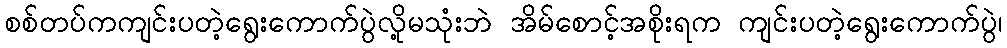
စစ်တပ်ကကျင်းပတဲ့ရွေးကောက်ပွဲလို့မသုံးဘဲ အိမ်စောင့်အစိုးရက ကျင်းပတဲ့ရွေးကောက်ပွဲ၊